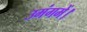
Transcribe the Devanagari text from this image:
उमंगमें।